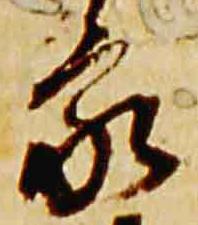
家